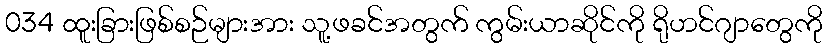
034 ထူးခြားဖြစ်စဉ်များအား သူ့ဖခင်အတွက် ကွမ်းယာဆိုင်ကို ရိုဟင်ဂျာတွေကို